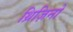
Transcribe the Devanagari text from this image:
थ्रिज़िनो